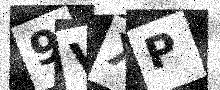
Text: 9VXP